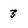
Character: 3